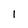
Character: 1